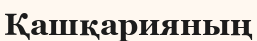
Қашқарияның